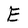
Character: E